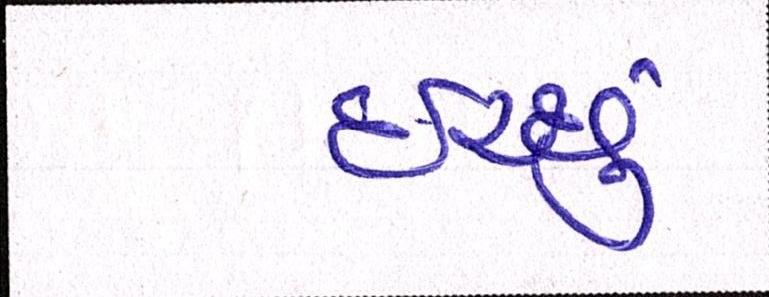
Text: ઈચ્છું